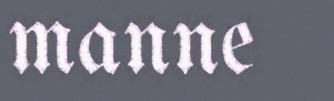
manne